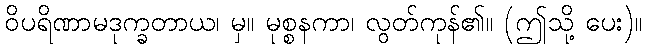
ဝိပရိဏာမဒုက္ခတာယ၊ မှ။ မုစ္စနကာ၊ လွတ်ကုန်၏။ (ဤသို့ ပေး)။